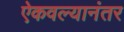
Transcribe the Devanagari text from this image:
ऐकवल्यानंतर